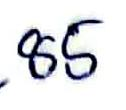
85